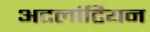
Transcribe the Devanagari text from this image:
अटलांटियन